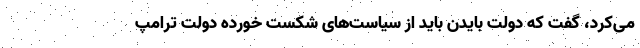
می‌کرد، گفت که دولت بایدن باید از سیاست‌های شکست خورده دولت ترامپ